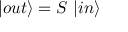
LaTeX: | o u t \rangle = S ~ | i n \rangle